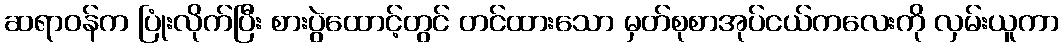
ဆရာဝန်က ပြုံးလိုက်ပြီး စားပွဲထောင့်တွင် တင်ထားသော မှတ်စုစာအုပ်ငယ်ကလေးကို လှမ်းယူကာ